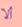
ألا